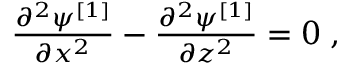
\begin{array} { r } { \frac { \partial ^ { 2 } \psi ^ { [ 1 ] } } { \partial x ^ { 2 } } - \frac { \partial ^ { 2 } \psi ^ { [ 1 ] } } { \partial z ^ { 2 } } = 0 \; , } \end{array}